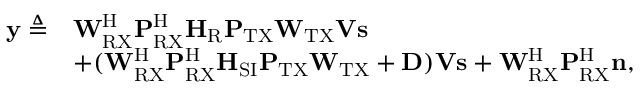
\begin{array} { r l } { \mathbf { y } \triangleq } & { \mathbf { W } _ { \mathrm { R X } } ^ { \mathrm { H } } \mathbf { P } _ { \mathrm { R X } } ^ { \mathrm { H } } \mathbf { H } _ { \mathrm { R } } \mathbf { P } _ { \mathrm { T X } } \mathbf { W } _ { \mathrm { T X } } \mathbf { V } \mathbf { s } } \\ & { + ( \mathbf { W } _ { \mathrm { R X } } ^ { \mathrm { H } } \mathbf { P } _ { \mathrm { R X } } ^ { \mathrm { H } } \mathbf { H } _ { \mathrm { S I } } \mathbf { P } _ { \mathrm { T X } } \mathbf { W } _ { \mathrm { T X } } + \mathbf { D } ) \mathbf { V } \mathbf { s } + \mathbf { W } _ { \mathrm { R X } } ^ { \mathrm { H } } \mathbf { P } _ { \mathrm { R X } } ^ { \mathrm { H } } \mathbf { n } , } \end{array}